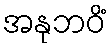
အနုဘဝိံ